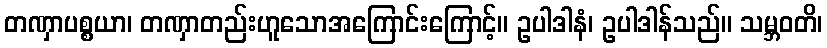
တဏှာပစ္စယာ၊ တဏှာတည်းဟူသောအကြောင်းကြောင့်။ ဥပါဒါနံ၊ ဥပါဒါန်သည်။ သမ္ဘဝတိ၊